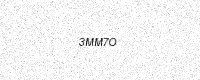
Text: 3MM7O